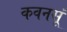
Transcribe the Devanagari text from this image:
कवनसूं